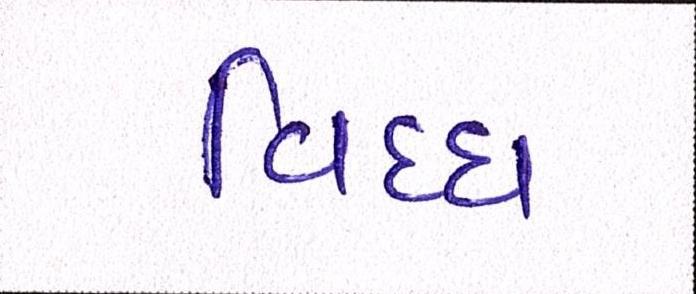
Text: વિધ્ધ